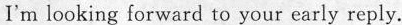
I'm looking forward to your early reply.